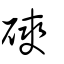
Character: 磢